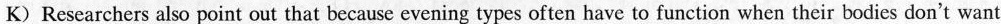
K) Researchers also point out that because evening types often have to function when their bodies don't want